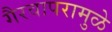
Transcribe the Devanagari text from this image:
गैरवापरामुळे